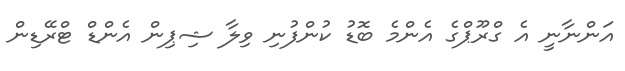
އަންނާނީ އެ ގްރޫޕްގެ އެންމެ ބޮޑު ކުންފުނި ވިލާ ޝިޕިން އެންޑް ޓްރޭޑިން